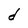
Character: d